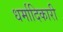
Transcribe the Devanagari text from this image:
धर्मादिकारी